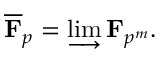
{ \overline { { \mathbf { F } } } } _ { p } = \varinjlim \mathbf { F } _ { p ^ { m } } .